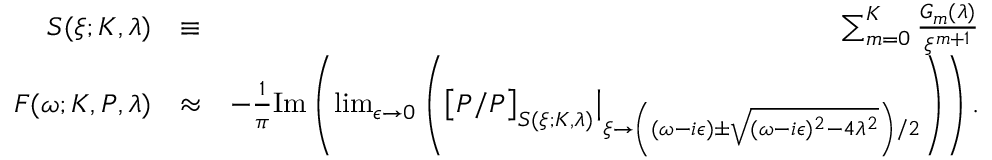
\begin{array} { r l r } { S ( \xi ; K , \lambda ) } & { \equiv } & { \sum _ { m = 0 } ^ { K } \frac { G _ { m } ( \lambda ) } { \xi ^ { m + 1 } } } \\ { F ( \omega ; K , P , \lambda ) } & { \approx } & { - \frac { 1 } { \pi } \mathrm { I m } \left( \operatorname* { l i m } _ { \epsilon \to 0 } \left( \big [ P / P \big ] _ { S ( \xi ; K , \lambda ) } \big \vert _ { \xi \to \left( ( \omega - i \epsilon ) \pm \sqrt { ( \omega - i \epsilon ) ^ { 2 } - 4 \lambda ^ { 2 } } \right) / 2 } \right) \right) . } \end{array}